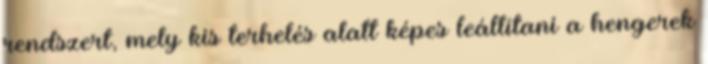
rendszert, mely kis terhelés alatt képes leállítani a hengerek